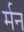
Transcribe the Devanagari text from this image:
र्मन